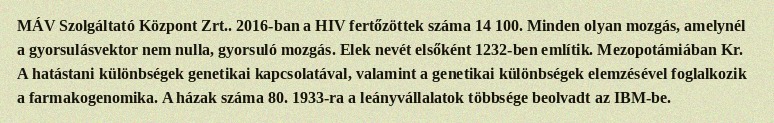
MÁV Szolgáltató Központ Zrt.. 2016-ban a HIV fertőzöttek száma 14 100. Minden olyan mozgás, amelynél a gyorsulásvektor nem nulla, gyorsuló mozgás. Elek nevét elsőként 1232-ben említik. Mezopotámiában Kr. A hatástani különbségek genetikai kapcsolatával, valamint a genetikai különbségek elemzésével foglalkozik a farmakogenomika. A házak száma 80. 1933-ra a leányvállalatok többsége beolvadt az IBM-be.